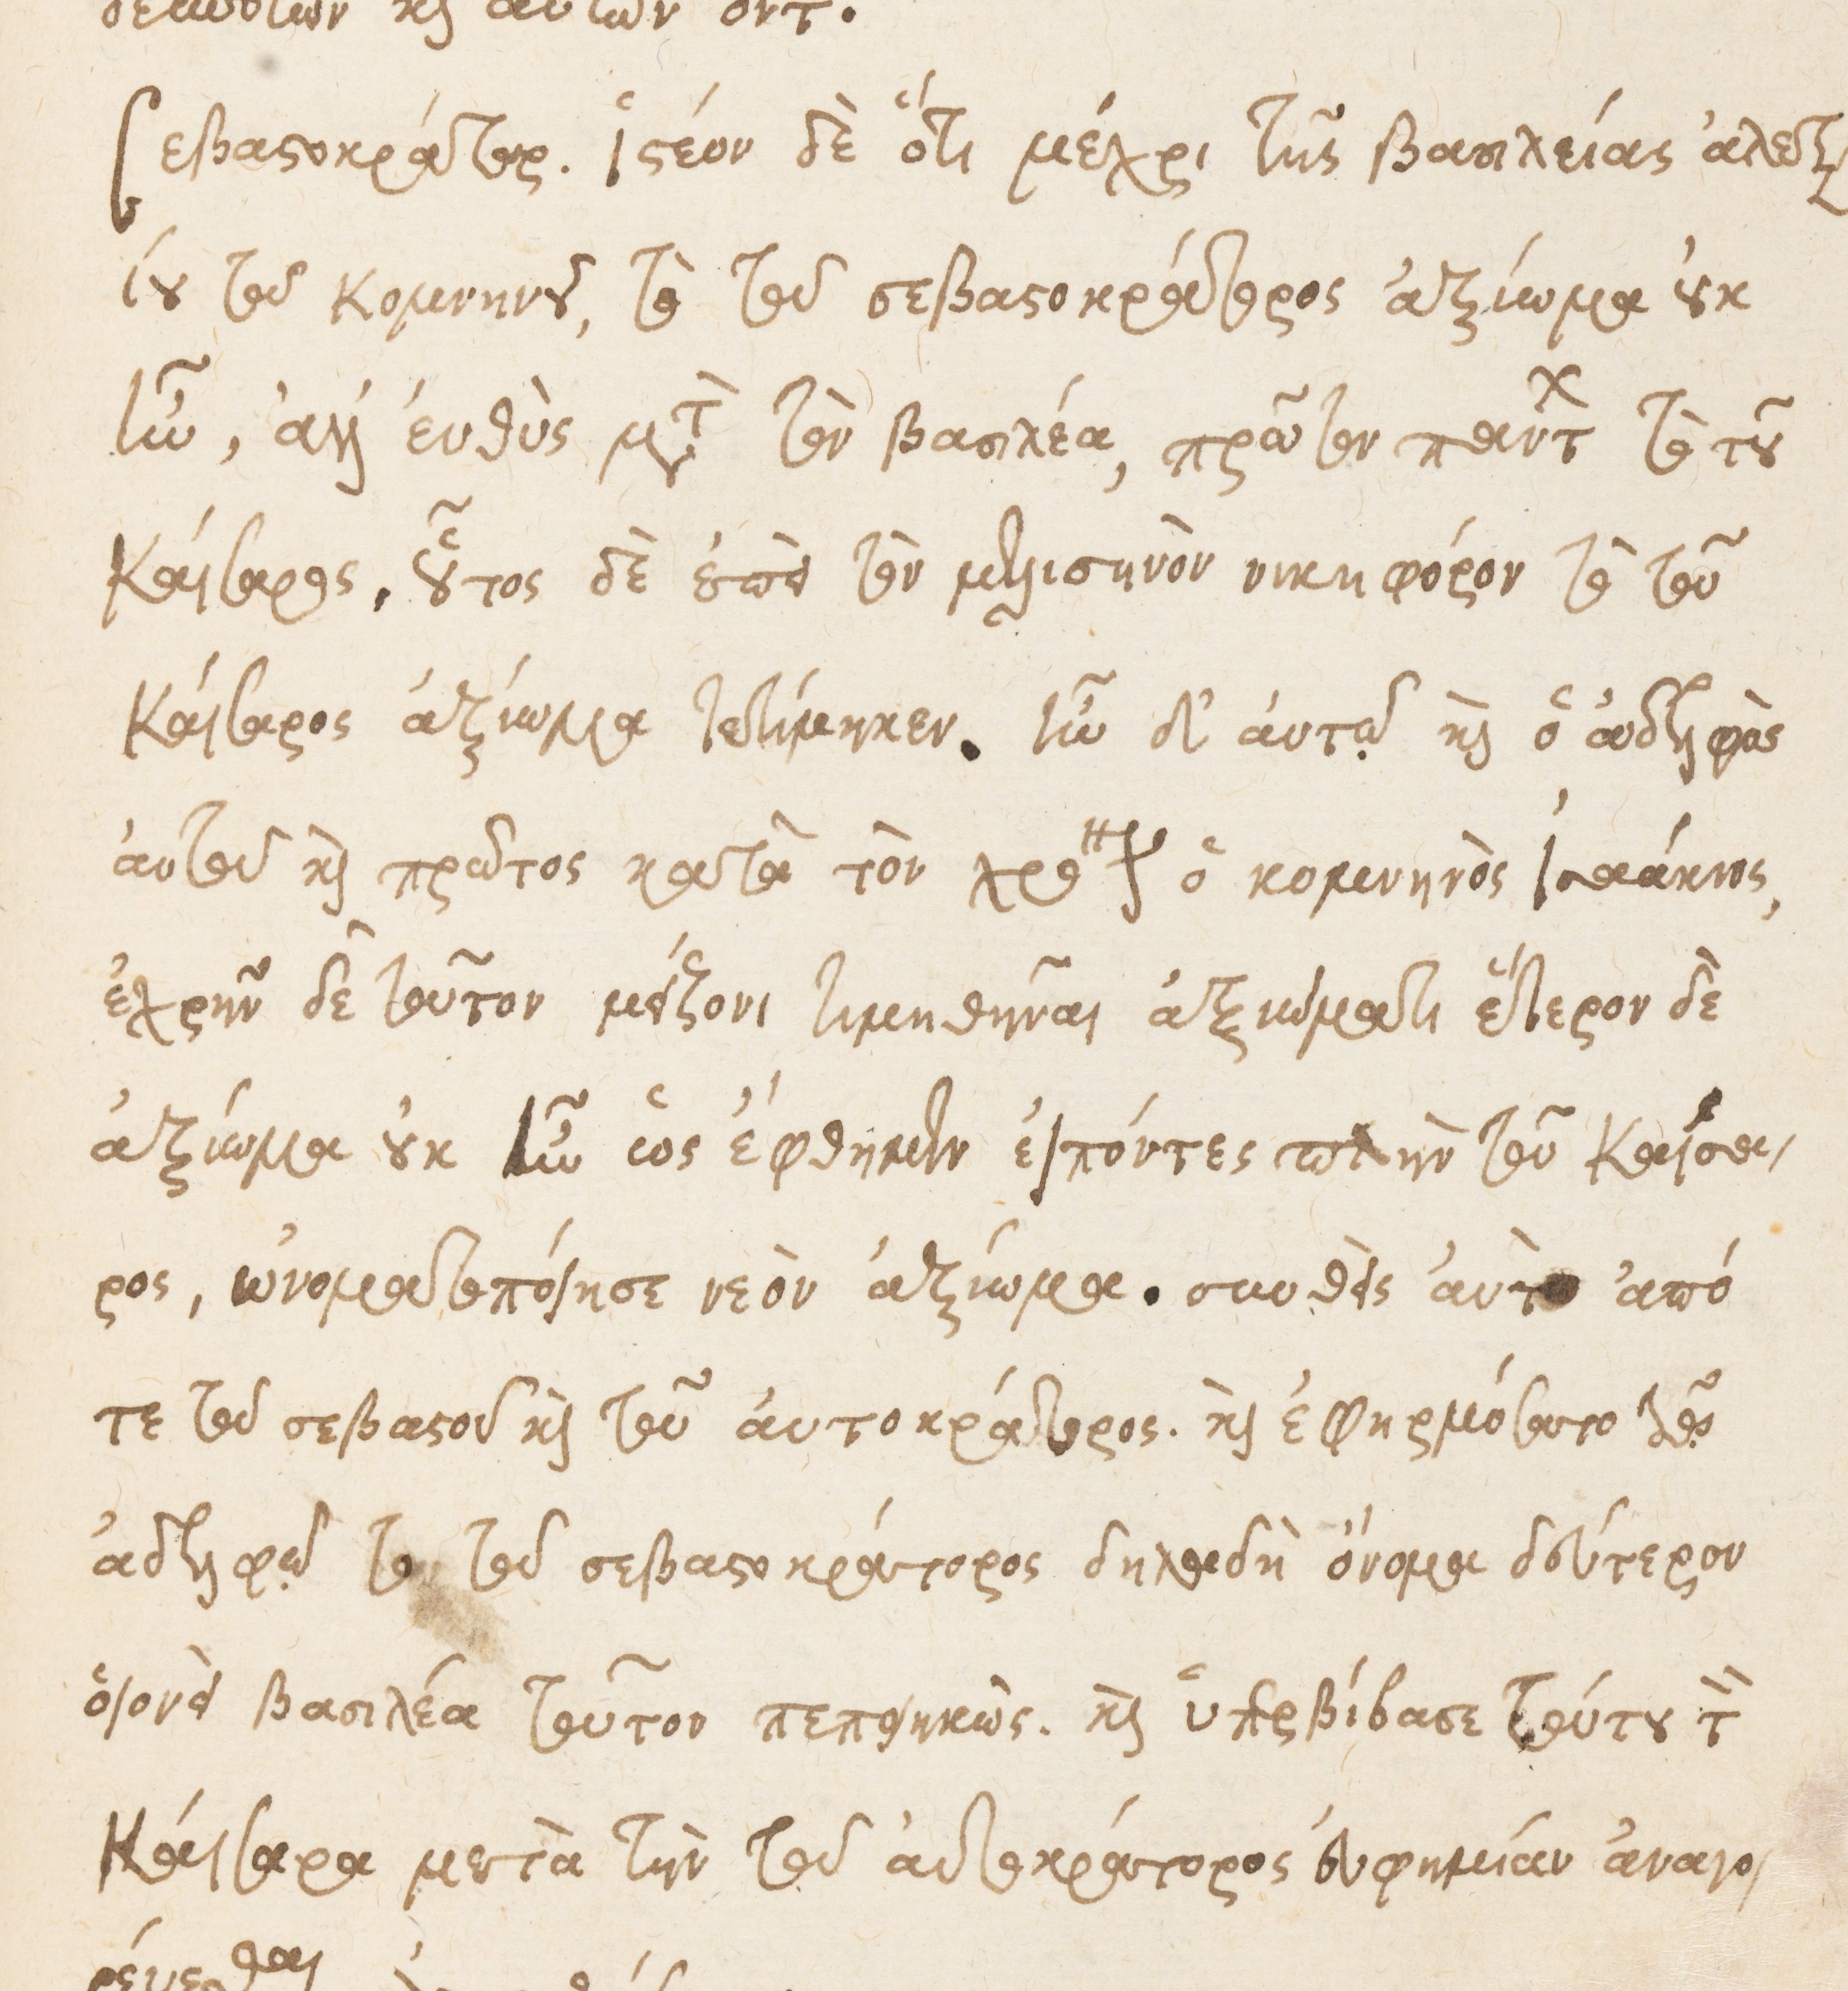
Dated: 1535–1575